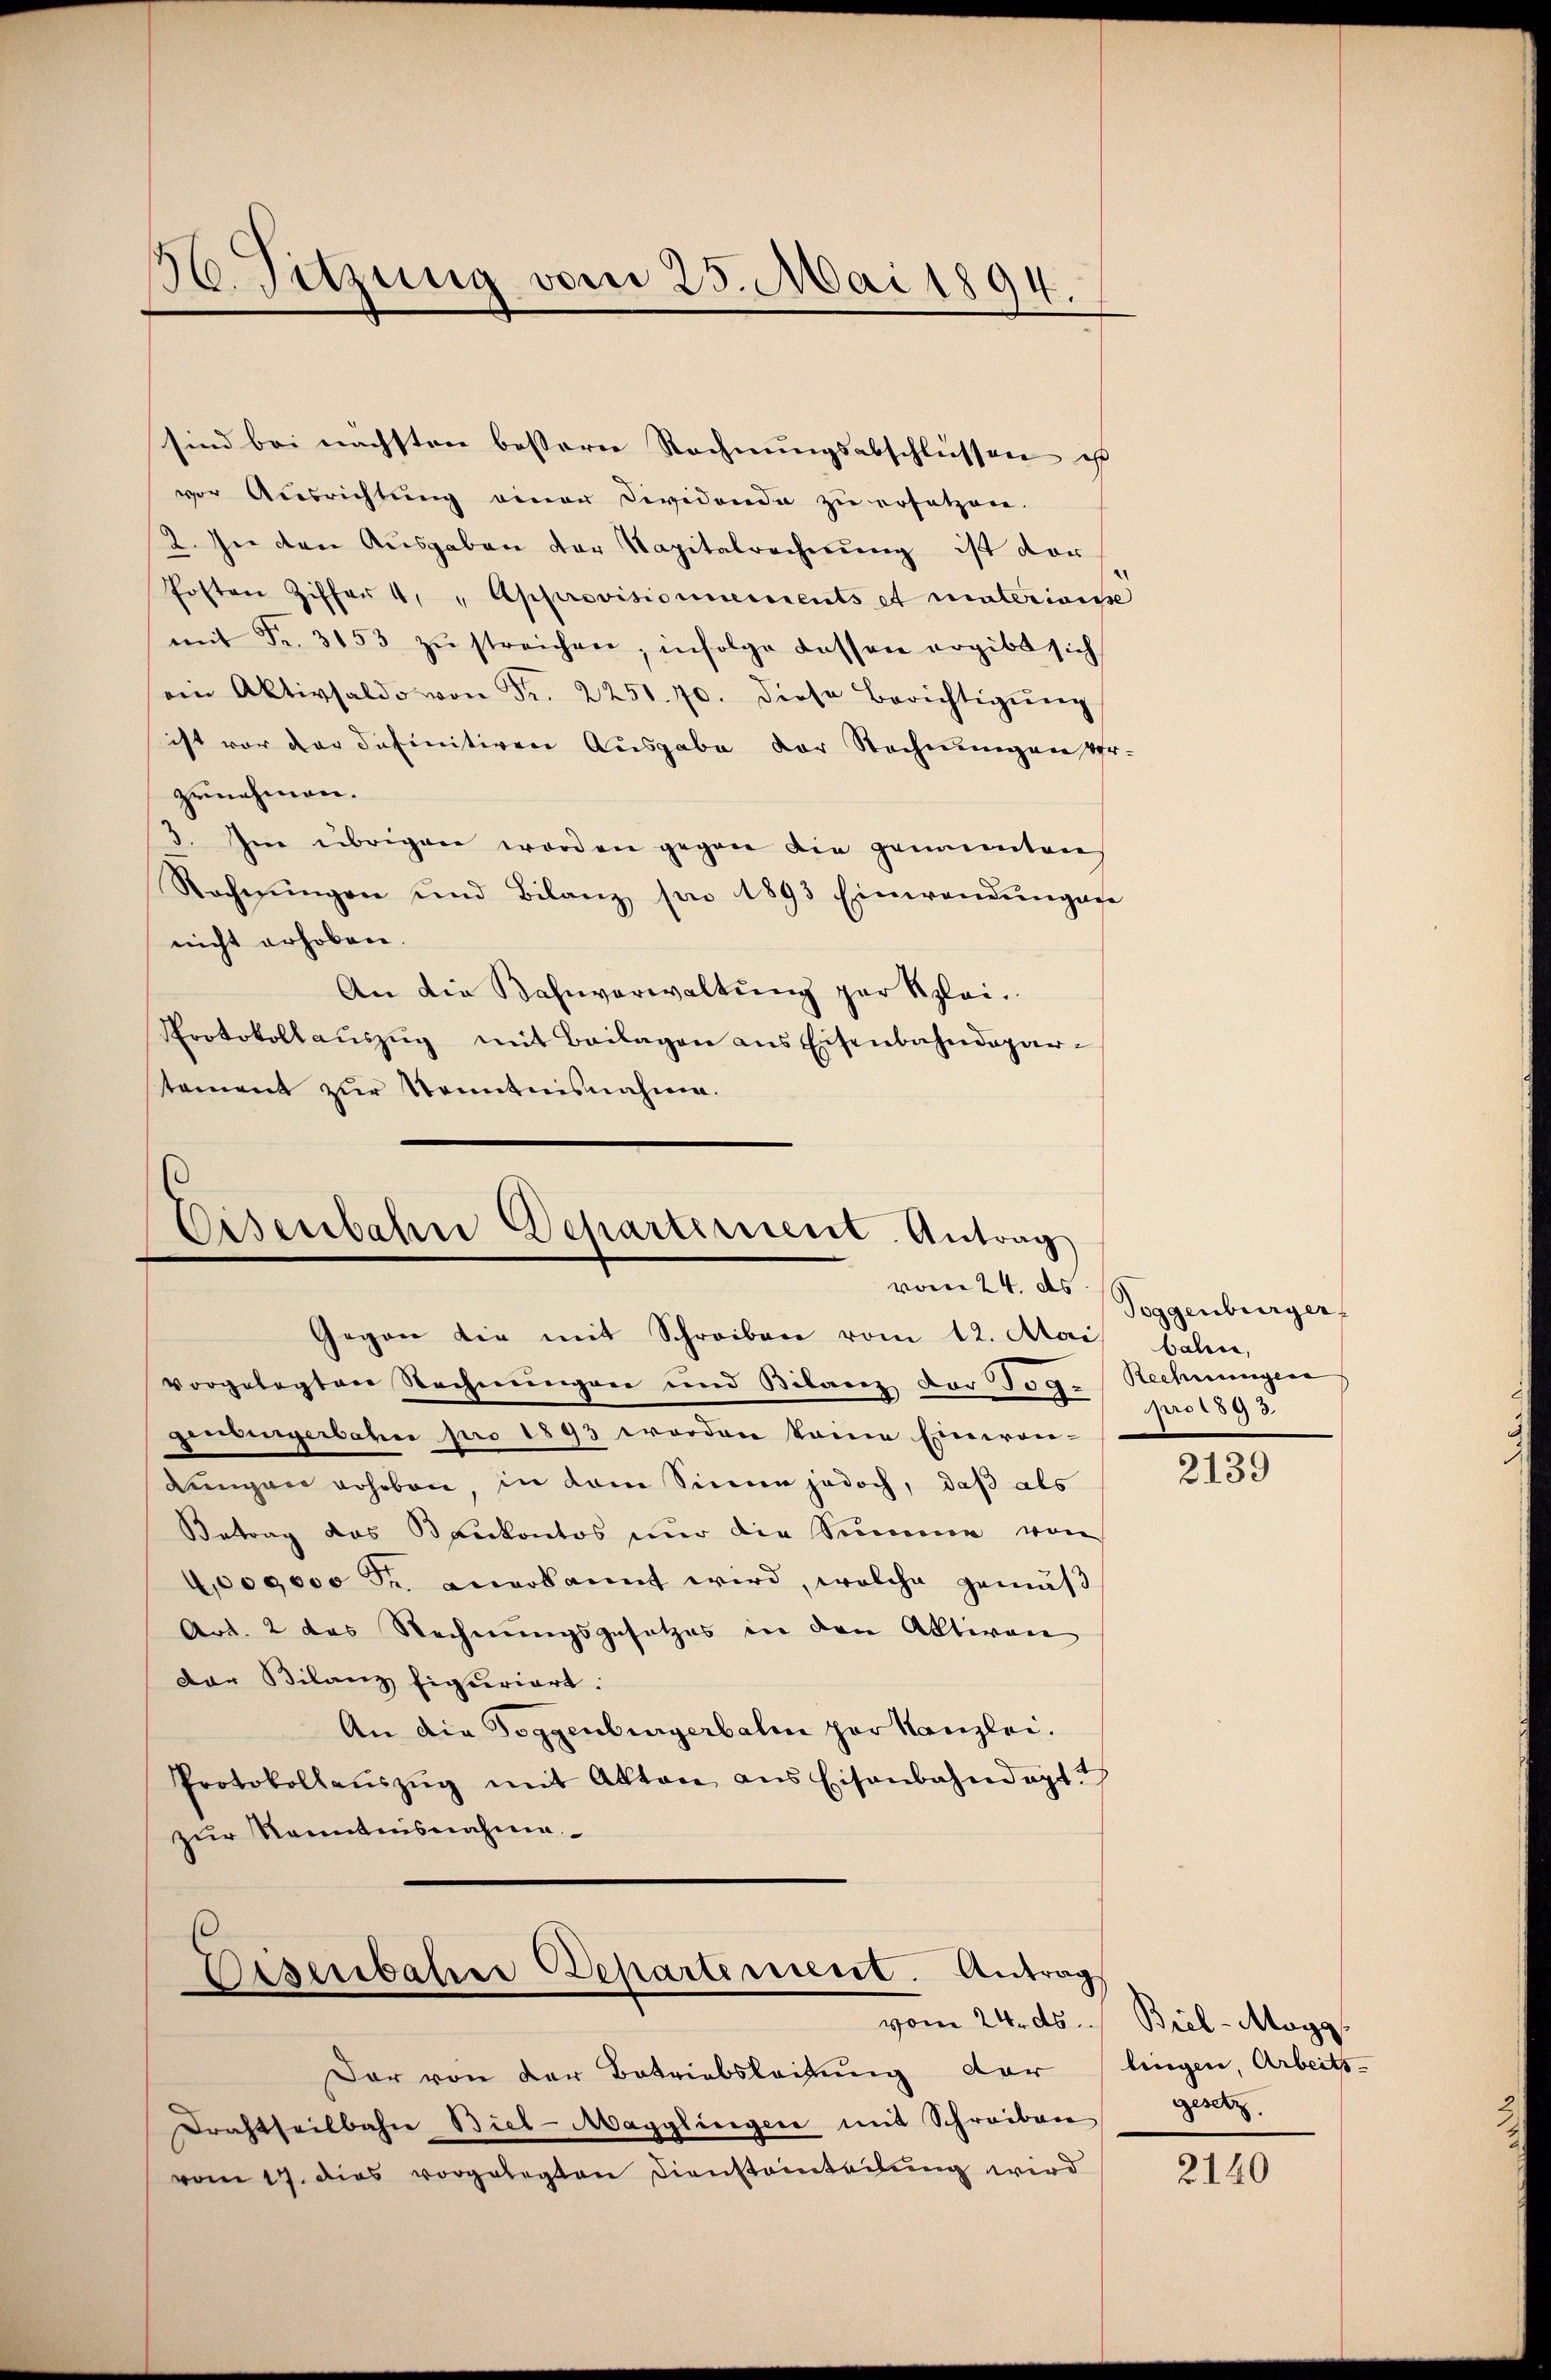
16. Sitzung vom 25. Mai 1894.

sind bei nächsten bestere Rechnungsabschlüssen ist |
vor Ausrichtŭng einer Dividonde zŭ ersetzen.
2. In den Ausgaben der Kapitalrechnung ist der
fosten Ziffer 4. " Approvisionnements et materianse
mit Fr. 3153 zŭ streichen, infolge dessen ergibt sich
ein Aktivsaldo von Fr. 2251. 70. diese Berichtigŭng
ist vor der definitiven Ausgabe der Rechnungen Ver-
zunehmen.
3. Im übrigen worden gegen die genannten
Rechnungen und Bilanz son 1893 Einwendŭngen
nicht erhoben.
An die Bahnverwaltŭng zur Klei¬
Protokollauszug mit Beilagen aus Eisenbahndepartament zur Kenntnisnahme.

Eisenbahne Departerseit Antrag

Gegen die mit Schreiben vom 12. Mai bahn,
vorgelegten Rechnungen und Bilanz der Jog. Rechnungen
geoisingerbahn pro 1893 worden keine Einwan-
Lungen voheben in dem Sinne jedoch, daß als
Betrag das Bankontos nur die Summe von
1000000 Fr. anerkannt wird, welche gemäß
Art. 2 das Rechnungsgesetzes in den Aktiven
Der Bilanz figuriert.
An die Toggenburgerbalm zur Kanzlei.
Protokollaŭszŭg mit Akten aus Eisenbahndagt?
zur Kenntnisnahme

Eisenbahre Departement. Antrag

Der von der Betriebsleitung der lingen, Arbeits-
Drahtheilbahn Biel-Magglingen mit Schreiben
vom 17. dies vorgelegten Diensteinteilung wird

vom 24. ds / Poggenburger
proi 893.

2139

vom 24. ds. Biel-Mogg.
gesetz

2140